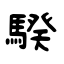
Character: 騤